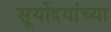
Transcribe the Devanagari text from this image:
सूर्योदयांच्या